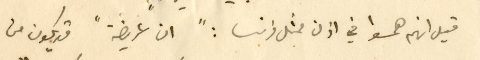
قيل انهم همسوا في اذن ممثل فرنسا : " ان "عريضة" قد يكون من